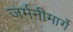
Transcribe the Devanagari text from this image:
जर्मनीमार्गे